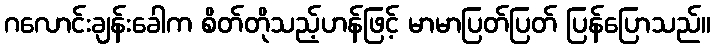
ဂလောင်းချန်းခေါက စိတ်တိုသည့်ဟန်ဖြင့် မာမာပြတ်ပြတ် ပြန်ပြောသည်။